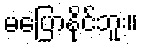
မပြောနိုင်ဘူး။